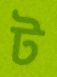
ট